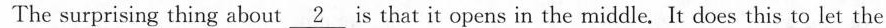
The surprising thing about \unerline{2} is that it opens in the middle.It does this to let the